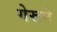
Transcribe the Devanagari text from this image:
गेरूने